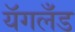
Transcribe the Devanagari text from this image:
यॅगलँड